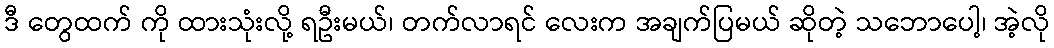
ဒီ တွေထက် ကို ထားသုံးလို့ ရဦးမယ်၊ တက်လာရင် လေးက အချက်ပြမယ် ဆိုတဲ့ သဘောပေါ့၊ အဲ့လို